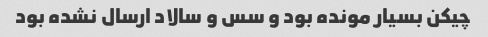
چیکن بسیار مونده بود و سس و سالاد ارسال نشده بود